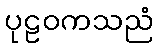
ပုဠဝကသညံ